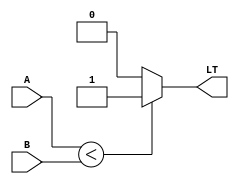
module LessThanComparator (
    input signed [31:0] A,
    input signed [31:0] B,
    output reg LT
);

always @* begin
    if (A < B) begin
        LT <= 1;
    end else begin
        LT <= 0;
    end
end

endmodule